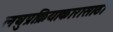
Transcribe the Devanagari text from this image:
लघुप्रक्रियाकारासाठी